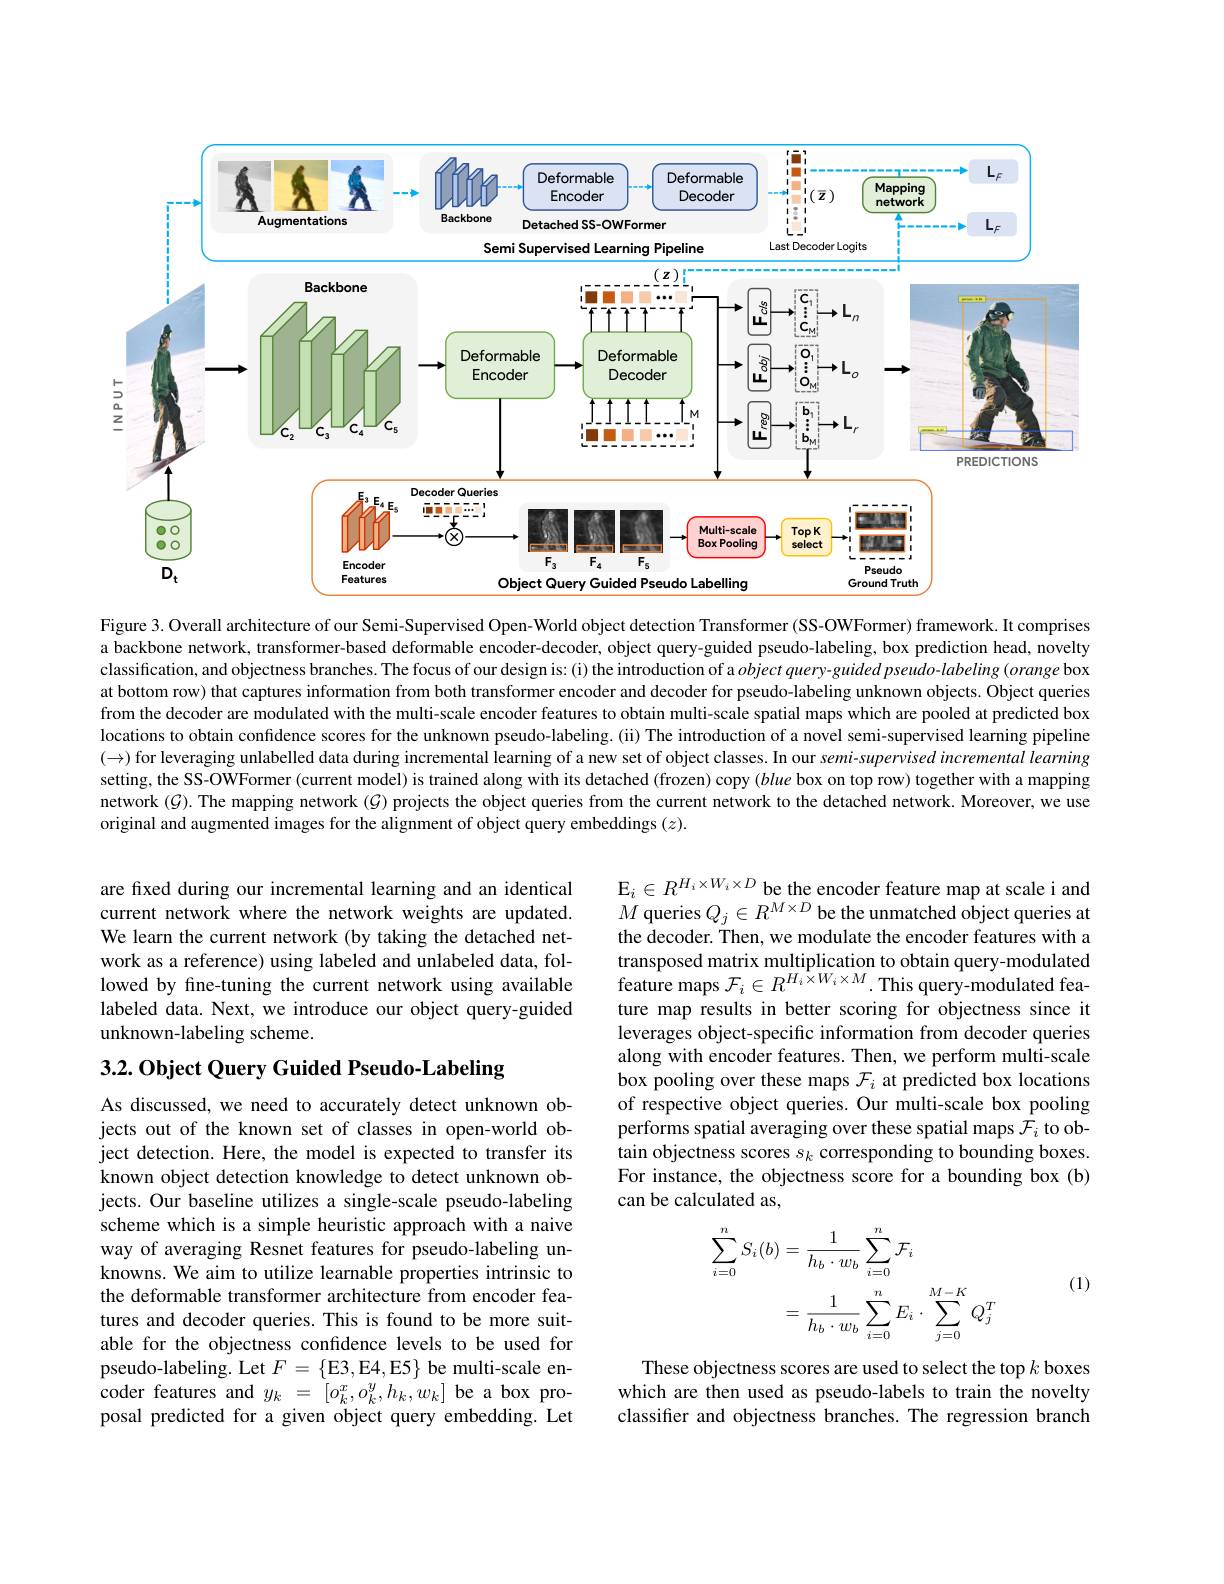
<FigureHere>
$\begin{array}{c}{\vdash}\\{\Large{\Rightarrow}}\\{\underline{\alpha}}\\{\underline{z}}\\{\underline{-}}\end{array}$

Figure 3. Overall architecture of our Semi-Supervised Open-World object detection Transformer (SS-OWFormer) framework. It comprises a backbone network, transformer-based deformable encoder-decoder, object query-guided pseudo-labeling, box prediction head, novelty classification, and objectness branches. The focus of our design is: (i) the introduction of a object query-guided pseudo-labeling (orange box at bottom row) that captures information from both transformer encoder and decoder for pseudo-labeling unknown objects. Object queries from the decoder are modulated with the multi-scale encoder features to obtain multi-scale spatial maps which are pooled at predicted box locations to obtain confidence scores for the unknown pseudo-labeling.(ii) The introduction of a novel semi-supervised learning pipeline $(\to)$ for leveraging unlabelled data during incremental learning of a new set of object classes. In our semi-supervised incremental learning setting, the SS-OWFormer (current model) is trained along with its detached (frozen) copy (blue box on top row) together with a mapping network $(\mathcal{G}).$ The mapping network ($\mathcal{G})$ projects the object queries from the current network to the detached network. Moreover, we use original and augmented images for the alignment of object query embeddings $(z).$

are fixed during our incremental learning and an identical current network where the network weights are updated. We learn the current network (by taking the detached network as a reference) using labeled and unlabeled data, followed by fine-tuning the current network using available labeled data. Next, we introduce our object query-guided unknown-labeling scheme.

$\begin{array}{l}\mathrm{E}_{i}\in R^{H_{i}\times W_{i}\times D}\text{ be the encoder feature map at scale i and}\\M\text{ queries }Q_{j}\in R^{M\times D}\text{ be the unmatched object queries at}\end{array}$ the decoder. Then, we modulate the encoder features with a $\begin{array}{l}\text{transposed matrix multiplication to obtain query-modulated}\\\text{feature maps }\mathcal{F}_i\in R^{H_i\times W_i\times M}.\end{array}$This query-modulated feature map results in better scoring for objectness since it leverages object-specific information from decoder queries along with encoder features. Then, we perform multi-scale box pooling over these maps $\mathcal{F}_i$ at predicted box locations of respective object queries. Our multi-scale box pooling performs spatial averaging over these spatial maps $\mathcal{F}_i$ to obtain objectness scores $s_k$ corresponding to bounding boxes. For instance, the objectness score for a bounding box (b) can be calculated as,

3.2.0bject Query Guided Pseudo-Labeling

As discussed, we need to accurately detect unknown objects out of the known set of classes in open-world object detection. Here, the model is expected to transfer its known object detection knowledge to detect unknown objects. Our baseline utilizes a single-scale pseudo-labeling scheme which is a simple heuristic approach with a naive way of averaging Resnet features for pseudo-labeling unknowns. We aim to utilize learnable properties intrinsic to the deformable transformer architecture from encoder features and decoder queries. This is found to be more suitable for the objectness confidence levels to be used for pseudo-labeling. Let $F=\{$E3,E4,E5$\}$ be multi-scale encoder features and $y_k=[o_k^x,o_k^y,h_k,w_k]$ be a box proposal predicted for a given object query embedding. Let
$$\begin{aligned}\sum_{i=0}^{n}S_{i}(b)&=\frac{1}{h_{b}\cdot w_{b}}\sum_{i=0}^{n}\mathcal{F}_{i}\\&=\frac{1}{h_{b}\cdot w_{b}}\sum_{i=0}^{n}E_{i}\cdot\sum_{j=0}^{M-K}Q_{j}^{T}\end{aligned}$$
(1)

These objectness scores are used to select the top $k$ boxes which are then used as pseudo-labels to train the novelty classifier and objectness branches. The regression branch